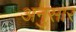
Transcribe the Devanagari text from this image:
अनुसार